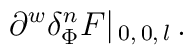
\partial ^w \delta ^n_{\Phi }F |_{\, 0, \, 0, \, l} \, .